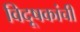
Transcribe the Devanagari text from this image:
विदूषकांची